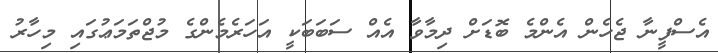
އެސްފީނާ ޖެހެން އެންމެ ބޮޑަށް ދިމާވާ އެއް ސަބަބަކީ އަހަރެމެންގެ މުޖްތަމަޢުގައި މިހާރު